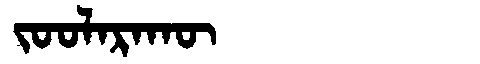
Manchu: ᠵᠣᠣᠯᠠᡵᠠᡴᡡ
Romanization: JOOLARAKŪ